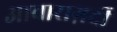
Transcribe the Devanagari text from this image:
आवाराग़र्दी